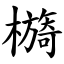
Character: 檹